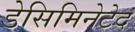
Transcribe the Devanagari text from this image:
डेसिमिनेटेद